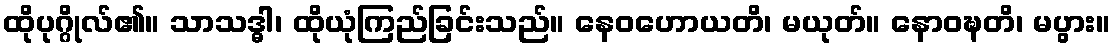
ထိုပုဂ္ဂိုလ်၏။ သာသဒ္ဓါ၊ ထိုယုံကြည်ခြင်းသည်။ နေဝဟောယတိ၊ မယုတ်။ နောဝဍ္ဎတိ၊ မပွား။